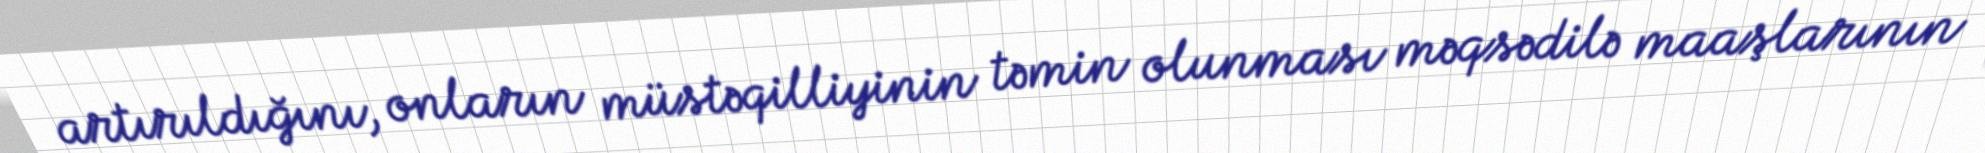
artırıldığını, onların müstəqilliyinin təmin olunması məqsədilə maaşlarının